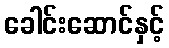
ခေါင်းဆောင်နှင့်